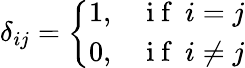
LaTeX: \delta_{ij}=\left\{ \begin{array}{ll}{1,}&{\mathrm{~i~f~}\: i=j}\\ {0,}&{\mathrm{~i~f~}\: i\neq j}\end{array}\right.